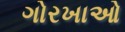
ગોરખાઓ